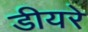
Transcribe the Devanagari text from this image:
डीयरे